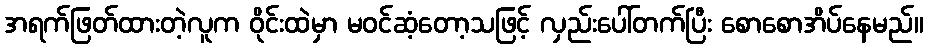
အရက်ဖြတ်ထားတဲ့လူက ဝိုင်းထဲမှာ မဝင်ဆံ့တော့သဖြင့် လှည်းပေါ်တက်ပြီး စောစောအိပ်နေမည်။